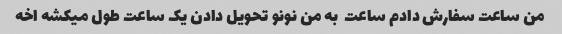
من ساعت سفارش دادم ساعت  به من نونو تحویل دادن یک ساعت طول میکشه اخه